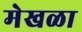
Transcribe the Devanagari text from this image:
मेखळा